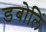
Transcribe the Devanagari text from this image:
डबोलिं